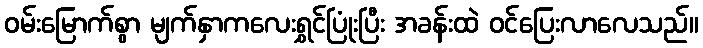
ဝမ်းမြောက်စွာ မျက်နှာကလေးရွှင်ပြုံးပြီး အခန်းထဲ ဝင်ပြေးလာလေသည်။